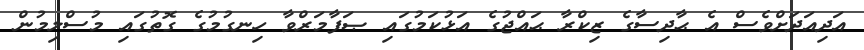
އަދިއަދަށްވެސް އެ ޙާދިސާގެ ޒިކްރާ ޙައްޖުގެ އަޅުކަމުގައި ޞަފާމަރްވާ ހިނގުމުގެ ގޮތުގައި މުސްލިމުން